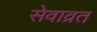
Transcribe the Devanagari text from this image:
सेवाव्रत